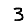
Digit: 3